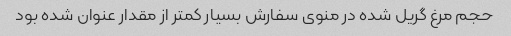
حجم مرغ گریل شده در منوی سفارش بسیار کمتر از مقدار عنوان شده بود